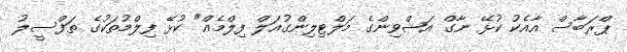
ޕްރަބާސް އާއެކު ކުޅޭ ނާގް އަޝްވިންގެ މަލްޓިލިންގުއަލް ފިލްމެއް" ކުޅޭ ފިލްމުތަކުގެ ތަފްސީލު